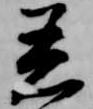
着